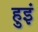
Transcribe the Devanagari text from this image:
हुइं